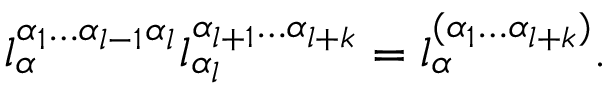
l _ { \alpha } ^ { \alpha _ { 1 } \ldots \alpha _ { l - 1 } \alpha _ { l } } l _ { \alpha _ { l } } ^ { \alpha _ { l + 1 } \ldots \alpha _ { l + k } } = l _ { \alpha } ^ { ( \alpha _ { 1 } \ldots \alpha _ { l + k } ) } .